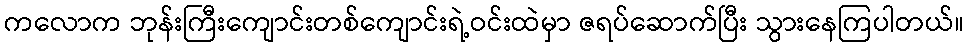
ကလောက ဘုန်းကြီးကျောင်းတစ်ကျောင်းရဲ့ဝင်းထဲမှာ ဇရပ်ဆောက်ပြီး သွားနေကြပါတယ်။